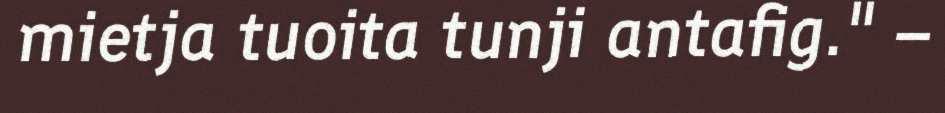
mietja tuoita tunji antafig." –